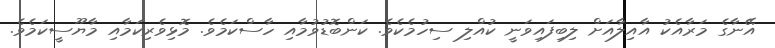
އޭނާގެ މަރާއެކު އާއިލާއަށް ލިބިފައިވަނީ ކުއްލި ސިހުމެކެވެ. ކަންބޮޑުވުމާއި ހާސްކަމެވެ. މޮޅިވެރިކަމާއި މާޔޫސީކަމެވެ.